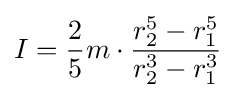
I={\frac {2}{5}}m\cdot {\frac {r_{2}^{5}-r_{1}^{5}}{r_{2}^{3}-r_{1}^{3}}}\,\!